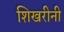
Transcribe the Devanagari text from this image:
शिखरीनी